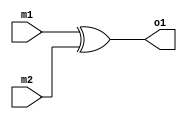
module xor2 ( m1, m2, o1);

input m1, m2;
output o1;

assign o1 = m1 ^ m2;

endmodule